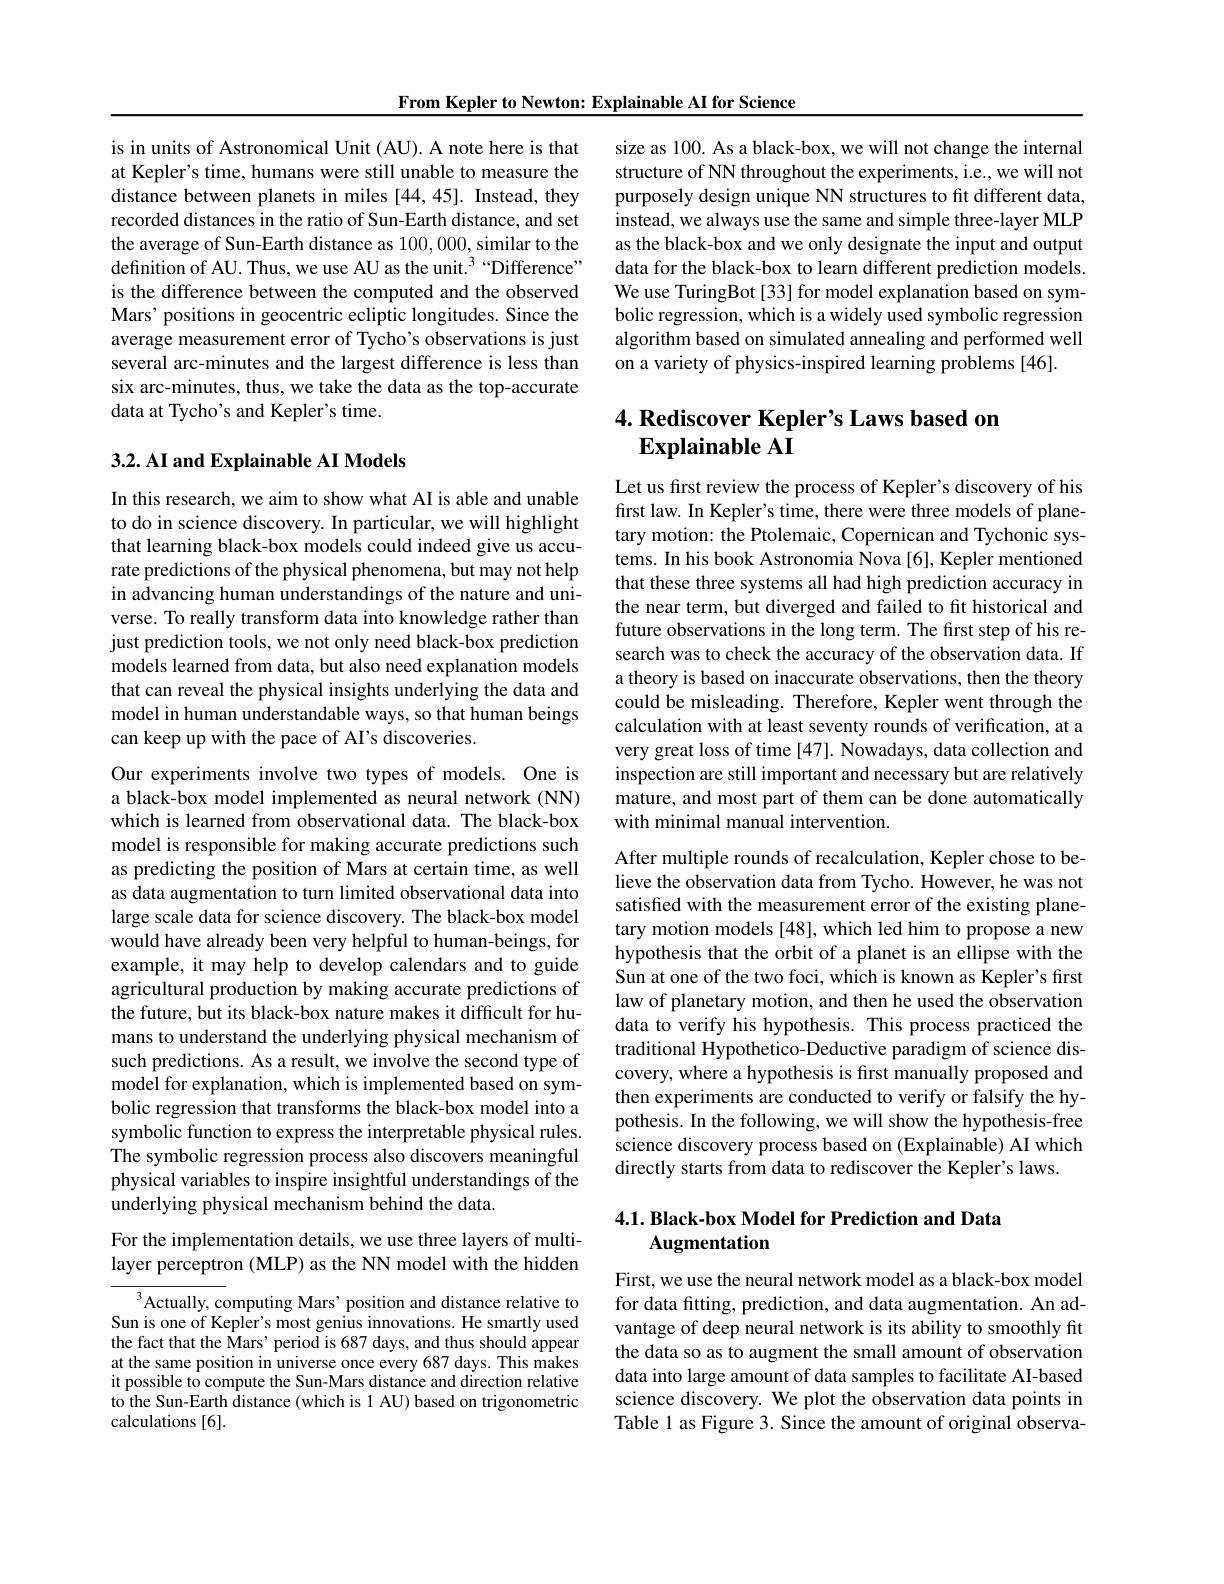
From Kepler to Newton: Explainable AI for Science

is in units of Astronomical Unit (AU). A note here is that at Kepler's time, humans were still unable to measure the distance between planets in miles [44,45]. Instead, they recorded distances in the ratio of Sun-Earth distance, and set the average of Sun-Earth distance as 100,000, similar to the definition of AU. Thus, we use AU as the unit.$^{3}$“Difference” is the difference between the computed and the observed Mars' positions in geocentric ecliptic longitudes. Since the average measurement error of Tycho's observations is just several arc-minutes and the largest difference is less than six arc-minutes, thus, we take the data as the top-accurate data at Tycho's and Kepler's time.

## $3. 2. \textbf{AI and Explainable AI Models}$

In this research, we aim to show what AI is able and unable to do in science discovery. In particular, we will highlight that learning black-box models could indeed give us accurate predictions of the physical phenomena, but may not help in advancing human understandings of the nature and universe. To really transform data into knowledge rather than just prediction tools, we not only need black-box prediction models learned from data, but also need explanation models that can reveal the physical insights underlying the data and model in human understandable ways, so that human beings can keep up with the pace of AI's discoveries.

Our experiments involve two types of models. One is a black-box model implemented as neural network (NN) which is learned from observational data. The black-box model is responsible for making accurate predictions such as predicting the position of Mars at certain time, as well as data augmentation to turn limited observational data into large scale data for science discovery. The black-box model would have already been very helpful to human-beings, for example, it may help to develop calendars and to guide agricultural production by making accurate predictions of the future, but its black-box nature makes it difficult for humans to understand the underlying physical mechanism of such predictions. As a result, we involve the second type of model for explanation, which is implemented based on symbolic regression that transforms the black-box model into a symbolic function to express the interpretable physical rules. The symbolic regression process also discovers meaningful physical variables to inspire insightful understandings of the underlying physical mechanism behind the data.

For the implementation details, we use three layers of multilayer perceptron (MLP) as the NN model with the hidden

Actually, computing Mars' position and distance relative to Sun is one of Kepler's most genius innovations. He smartly used the fact that the Mars' period is 687 days, and thus should appear at the same position in universe once every 687 days. This makes it possible to compute the Sun-Mars distance and direction relative to the Sun-Earth distance (which is 1 AU) based on trigonometric calculations [6].

size as 100. As a black-box, we will not change the internal structure of NN throughout the experiments, i.e., we will not purposely design unique NN structures to fit different data, instead, we always use the same and simple three-layer MLP as the black-box and we only designate the input and output data for the black-box to learn different prediction models. We use TuringBot [33] for model explanation based on symbolic regression, which is a widely used symbolic regression algorithm based on simulated annealing and performed well on a variety of physics-inspired learning problems [46].

# 4. Rediscover Kepler's Laws based on $\mathbf{ExplainableAI}$

Let us first review the process of Kepler's discovery of his first law. In Kepler's time, there were three models of planetary motion: the Ptolemaic, Copernican and Tychonic systems. In his book Astronomia Nova [6], Kepler mentioned that these three systems all had high prediction accuracy in the near term, but diverged and failed to fit historical and future observations in the long term. The first step of his research was to check the accuracy of the observation data. If a theory is based on inaccurate observations, then the theory could be misleading. Therefore, Kepler went through the calculation with at least seventy rounds of verification, at a very great loss of time [47]. Nowadays, data collection and inspection are still important and necessary but are relatively mature, and most part of them can be done automatically with minimal manual intervention.

After multiple rounds of recalculation, Kepler chose to believe the observation data from Tycho. However, he was not satisfied with the measurement error of the existing planetary motion models [48], which led him to propose a new hypothesis that the orbit of a planet is an ellipse with the Sun at one of the two foci, which is known as Kepler's first law of planetary motion, and then he used the observation data to verify his hypothesis. This process practiced the traditional Hypothetico-Deductive paradigm of science discovery, where a hypothesis is first manually proposed and then experiments are conducted to verify or falsify the hypothesis. In the following, we will show the hypothesis-free science discovery process based on (Explainable) AI which directly starts from data to rediscover the Kepler's laws.

## 4.1. Black-box Model for Prediction and Data Augmentation

First, we use the neural network model as a black-box model for data fıtting, prediction, and data augmentation. An advantage of deep neural network is its ability to smoothly fit the data so as to augment the small amount of observation data into large amount of data samples to facilitate AI-based science discovery. We plot the observation data points in Table 1 as Figure 3. Since the amount of original observa-